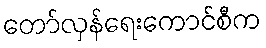
တော်လှန်ရေးကောင်စီက